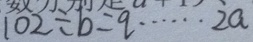
1 0 2 \div b = q \cdots 2 a